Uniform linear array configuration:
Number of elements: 32
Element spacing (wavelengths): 0.25
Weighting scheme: hann
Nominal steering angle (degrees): -30
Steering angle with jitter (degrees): -28.008
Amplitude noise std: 0.05
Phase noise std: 0.05

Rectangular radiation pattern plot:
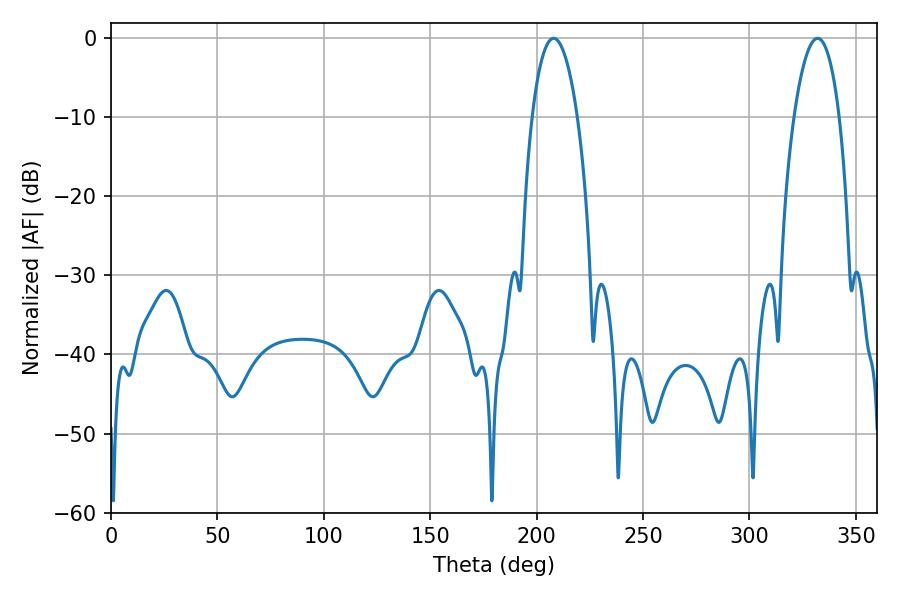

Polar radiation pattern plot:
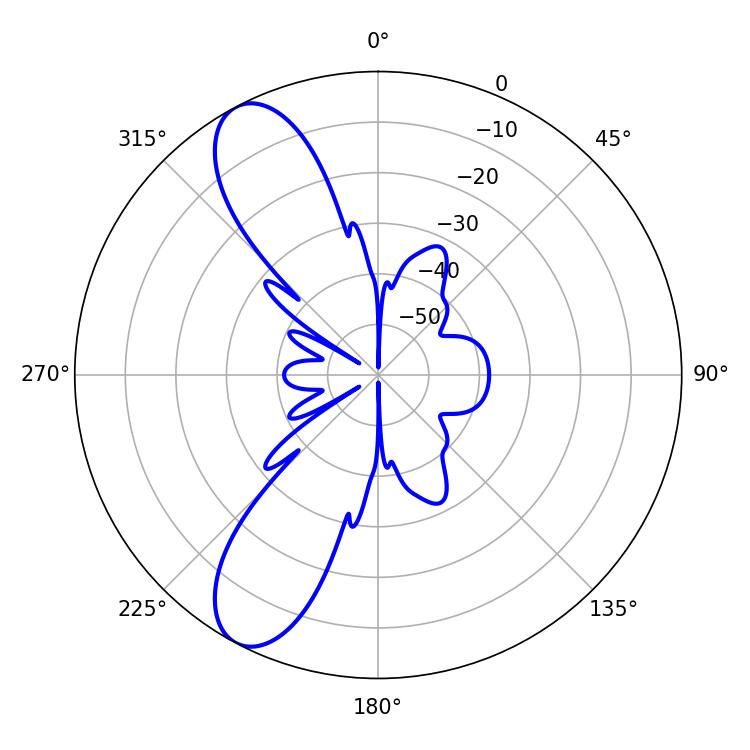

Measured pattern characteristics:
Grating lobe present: FALSE
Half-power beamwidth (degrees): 11.88
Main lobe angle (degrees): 207.9